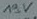
Text: 19V